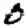
Digit: 0